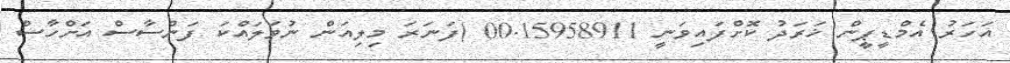
އަހަރު އެމްޑީޕީން ޚަރަދު ކޮށްފައިވަނީ 00.15958911 )ފަނަރަ މިލިއަން ނުވަލައްކަ ފަންސާސް އަށްހާސް